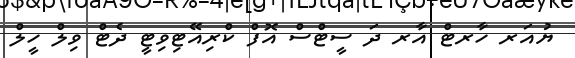
ޔުއަރ ހާރޓް އާރ ދަ ސީޓްސް އޮފް ކްރިއޭޓިިވިޓީ ދެޓް ވިލް ހީލް